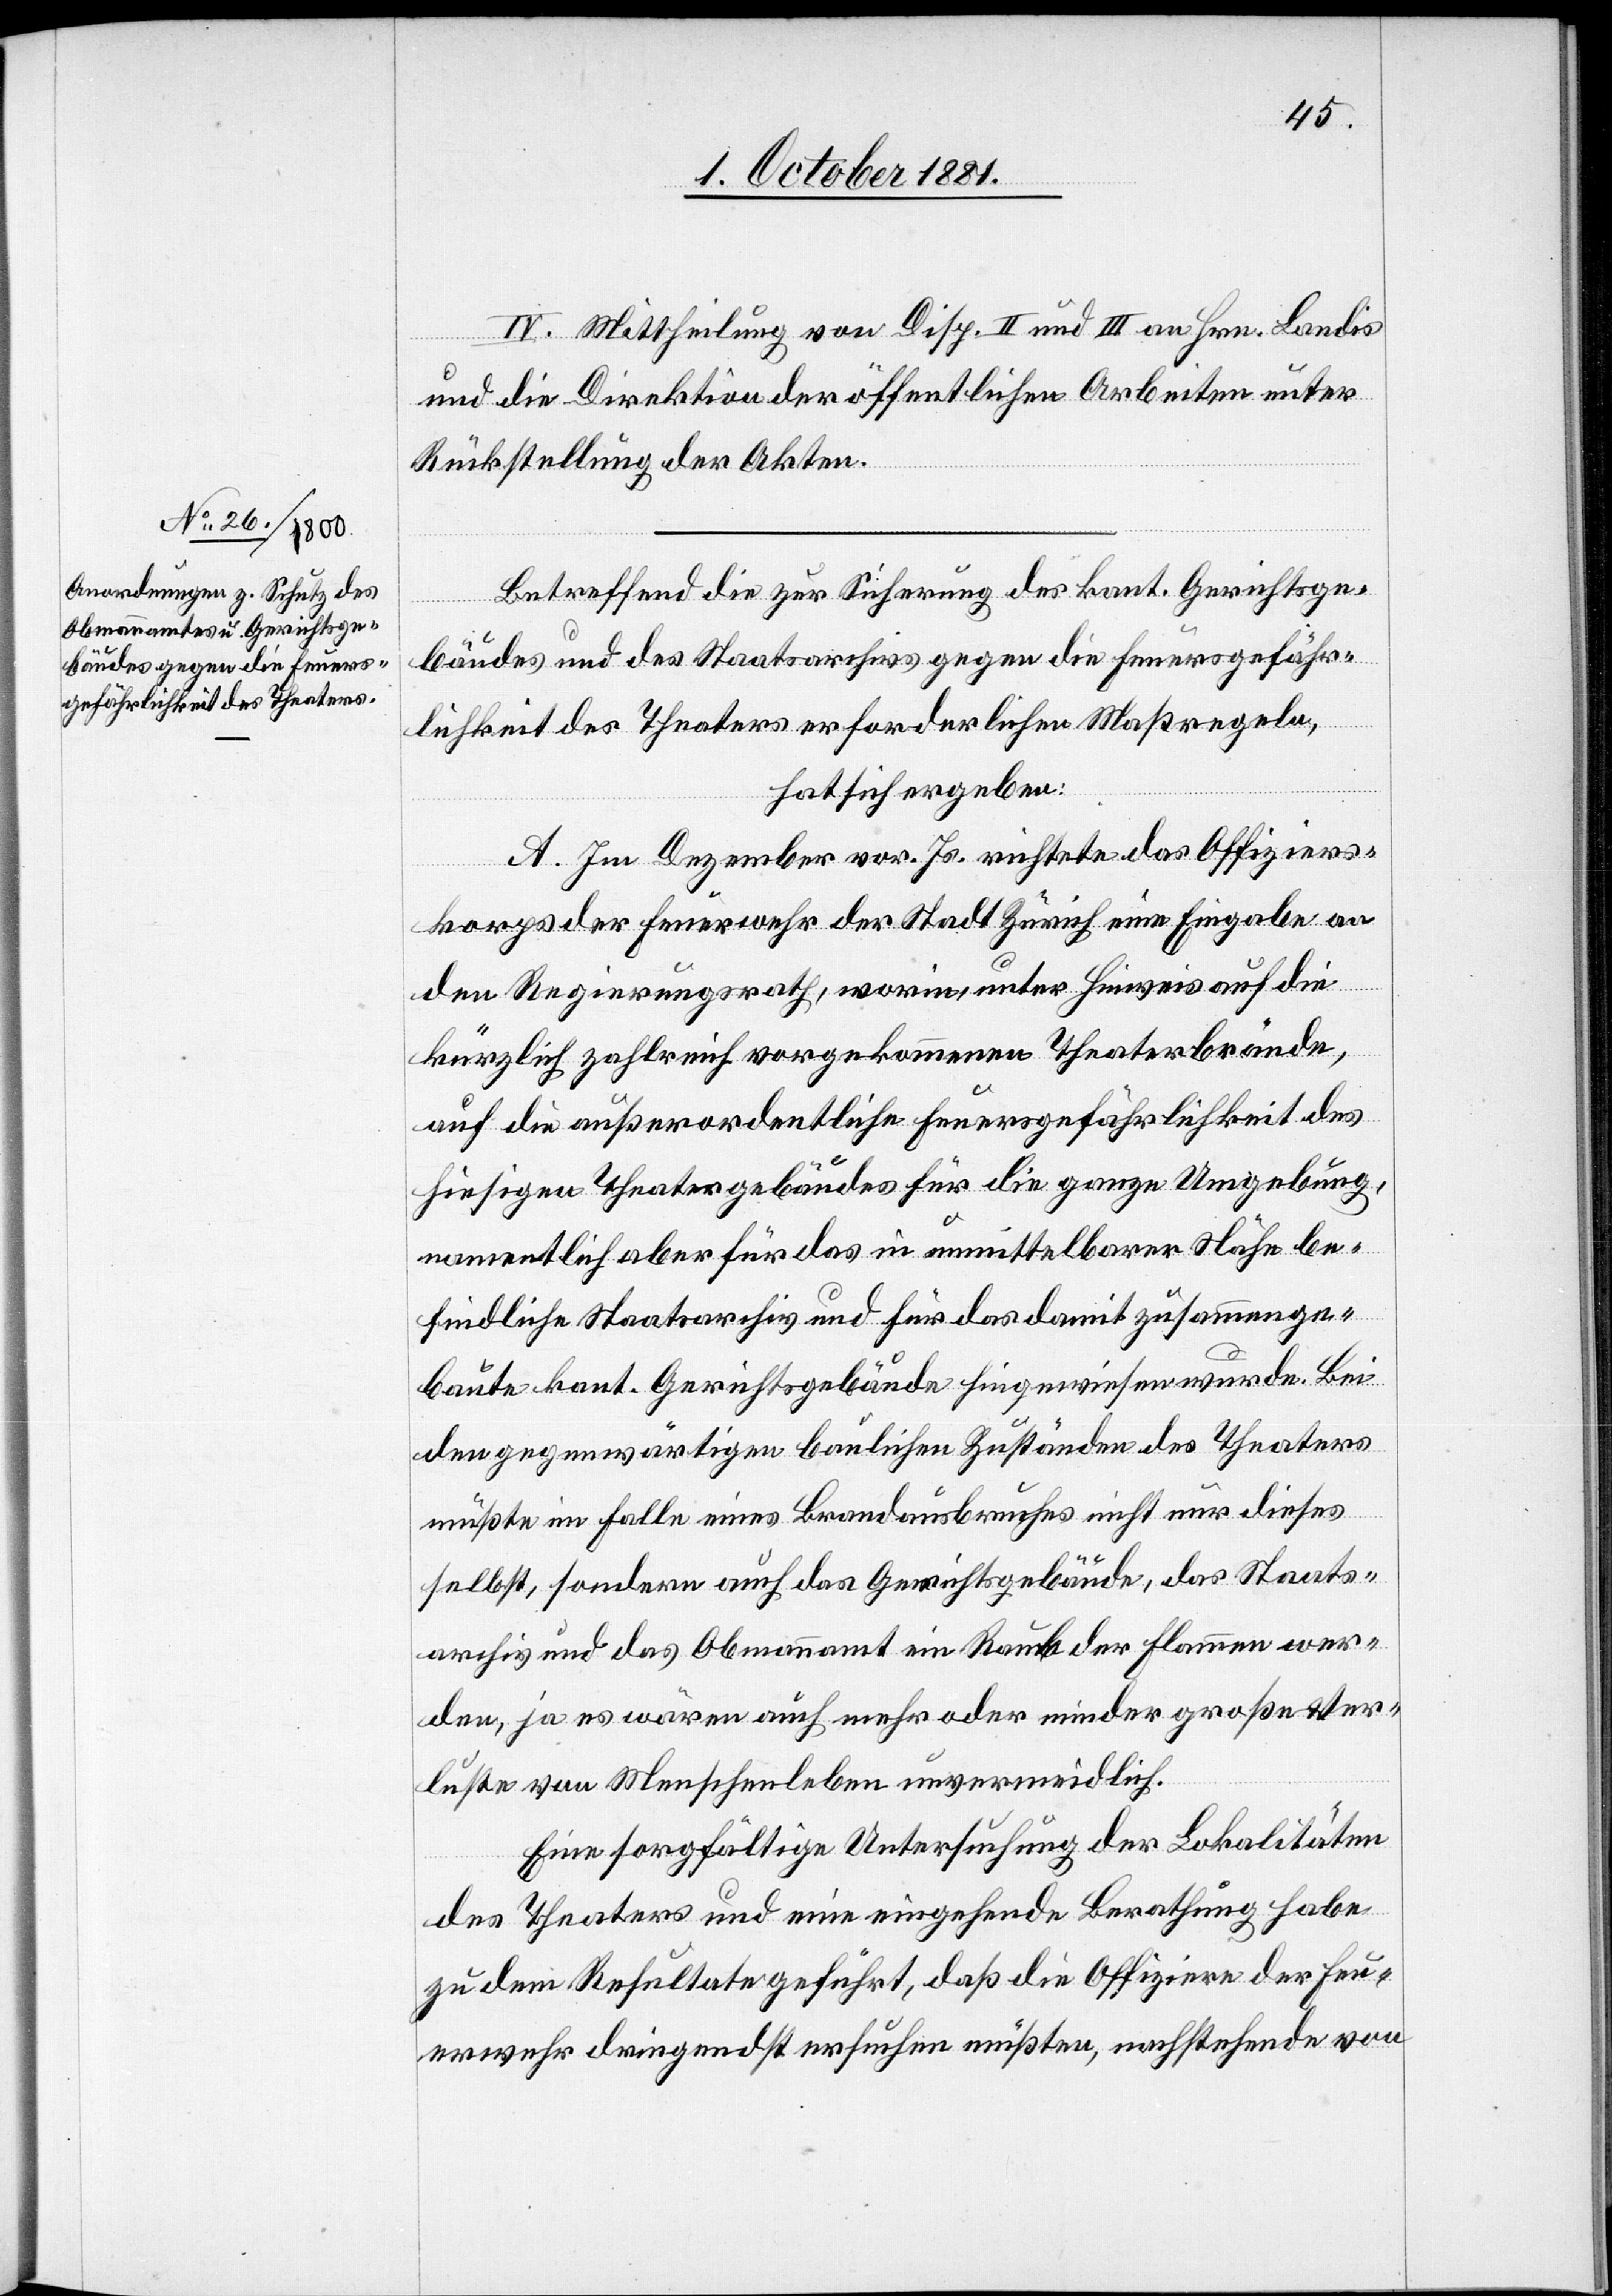
IV. Mittheilung von Disp. II und III an Hrn. Landis
und die Direktion der öffentlichen Arbeiten unter
Rückstellung der Akten.